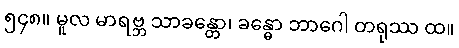
၅၄၈။ မူလ မာရဗ္ဘ သာခန္တော၊ ခန္ဓော ဘာဂေါ တရုဿ ထ။